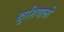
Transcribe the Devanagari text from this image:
खुशियाली